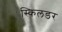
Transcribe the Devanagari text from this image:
स्किलडर